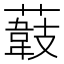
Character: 𦼽